Report of the Indian Hemp Drugs Commission, 1894-1895 - Volume I
Year: 1894
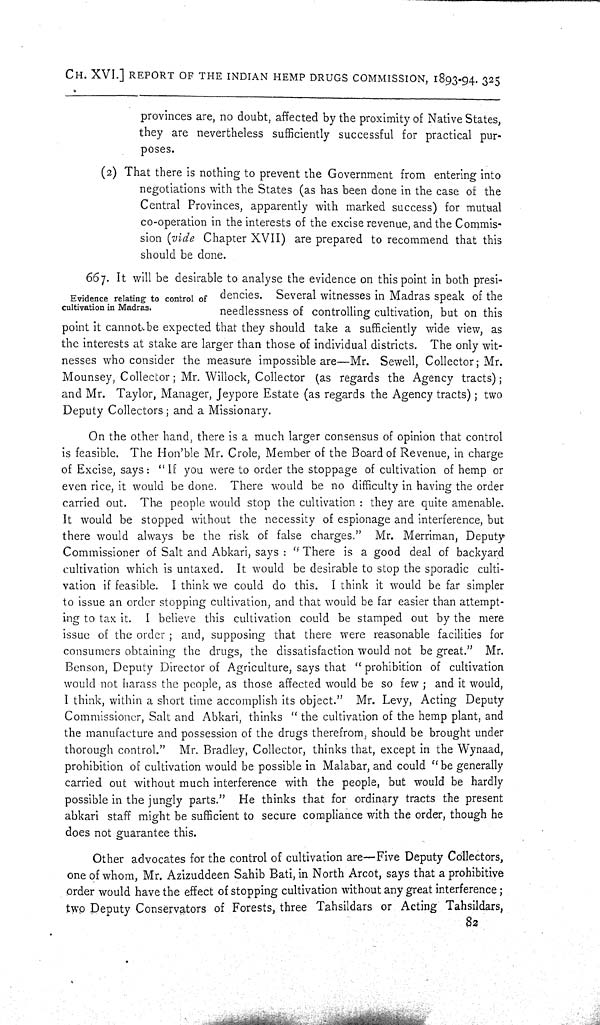
CH. XVI.] REPORT OF THE INDIAN HEMP DRUGS COMMISSION, 1893-94. 325
provinces are, no doubt, affected by the proximity of Native States,
they are nevertheless sufficiently successful for practical pur-
poses.
(2) That there is nothing to prevent the Government from entering into
negotiations with the States (as has been done in the case of the
Central Provinces, apparently with marked success) for mutual
co-operation in the interests of the excise revenue, and the Commis-
sion (vide Chapter XVII) are prepared to recommend that this
should be done.
Evidence relating to control of
cultivation in Madras.
667. It will be desirable to analyse the evidence on this point in both presi-
dencies. Several witnesses in Madras speak of the
needlessness of controlling cultivation, but on this
point it cannot be expected that they should take a sufficiently wide view, as
the interests at stake are larger than those of individual districts. The only wit-
nesses who consider the measure impossible are—Mr. Sewell, Collector; Mr.
Mounsey, Collector; Mr. Willock, Collector (as regards the Agency tracts);
and Mr. Taylor, Manager, Jeypore Estate (as regards the Agency tracts); two
Deputy Collectors; and a Missionary.
On the other hand, there is a much larger consensus of opinion that control
is feasible. The Hon'ble Mr. Crole, Member of the Board of Revenue, in charge
of Excise, says: "If you were to order the stoppage of cultivation of hemp or
even rice, it would be done. There would be no difficulty in having the order
carried out. The people would stop the cultivation: they are quite amenable.
It would be stopped without the necessity of espionage and interference, but
there would always be the risk of false charges." Mr. Merriman, Deputy
Commissioner of Salt and Abkari, says: "There is a good deal of backyard
cultivation which is untaxed. It would be desirable to stop the sporadic culti-
vation if feasible. I think we could do this. I think it would be far simpler
to issue an order stopping cultivation, and that would be far easier than attempt-
ing to tax it. I believe this cultivation could be stamped out by the mere
issue of the order; and, supposing that there were reasonable facilities for
consumers obtaining the drugs, the dissatisfaction would not be great." Mr.
Benson, Deputy Director of Agriculture, says that "prohibition of cultivation
would not harass the people, as those affected would be so few; and it would,
I think, within a short time accomplish its object." Mr. Levy, Acting Deputy
Commissioner, Salt and Abkari, thinks "the cultivation of the hemp plant, and
the manufacture and possession of the drugs therefrom, should be brought under
thorough control." Mr. Bradley, Collector, thinks that, except in the Wynaad,
prohibition of cultivation would be possible in Malabar, and could "be generally
carried out without much interference with the people, but would be hardly
possible in the jungly parts." He thinks that for ordinary tracts the present
abkari staff might be sufficient to secure compliance with the order, though he
does not guarantee this.
Other advocates for the control of cultivation are—Five Deputy Collectors,
one of whom, Mr. Azizuddeen Sahib Bati, in North Arcot, says that a prohibitive
order would have the effect of stopping cultivation without any great interference;
two Deputy Conservators of Forests, three Tahsildars or Acting Tahsildars,
82